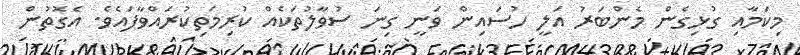
މިކަމާއި ގުޅިގެން މެންބަރު އަލީ ހުސައިން ވަނީ ގިނަ ސުވާލުތަކެއް ކުރިމަތިކުރައްވާފައެވެ. އެގޮތުން